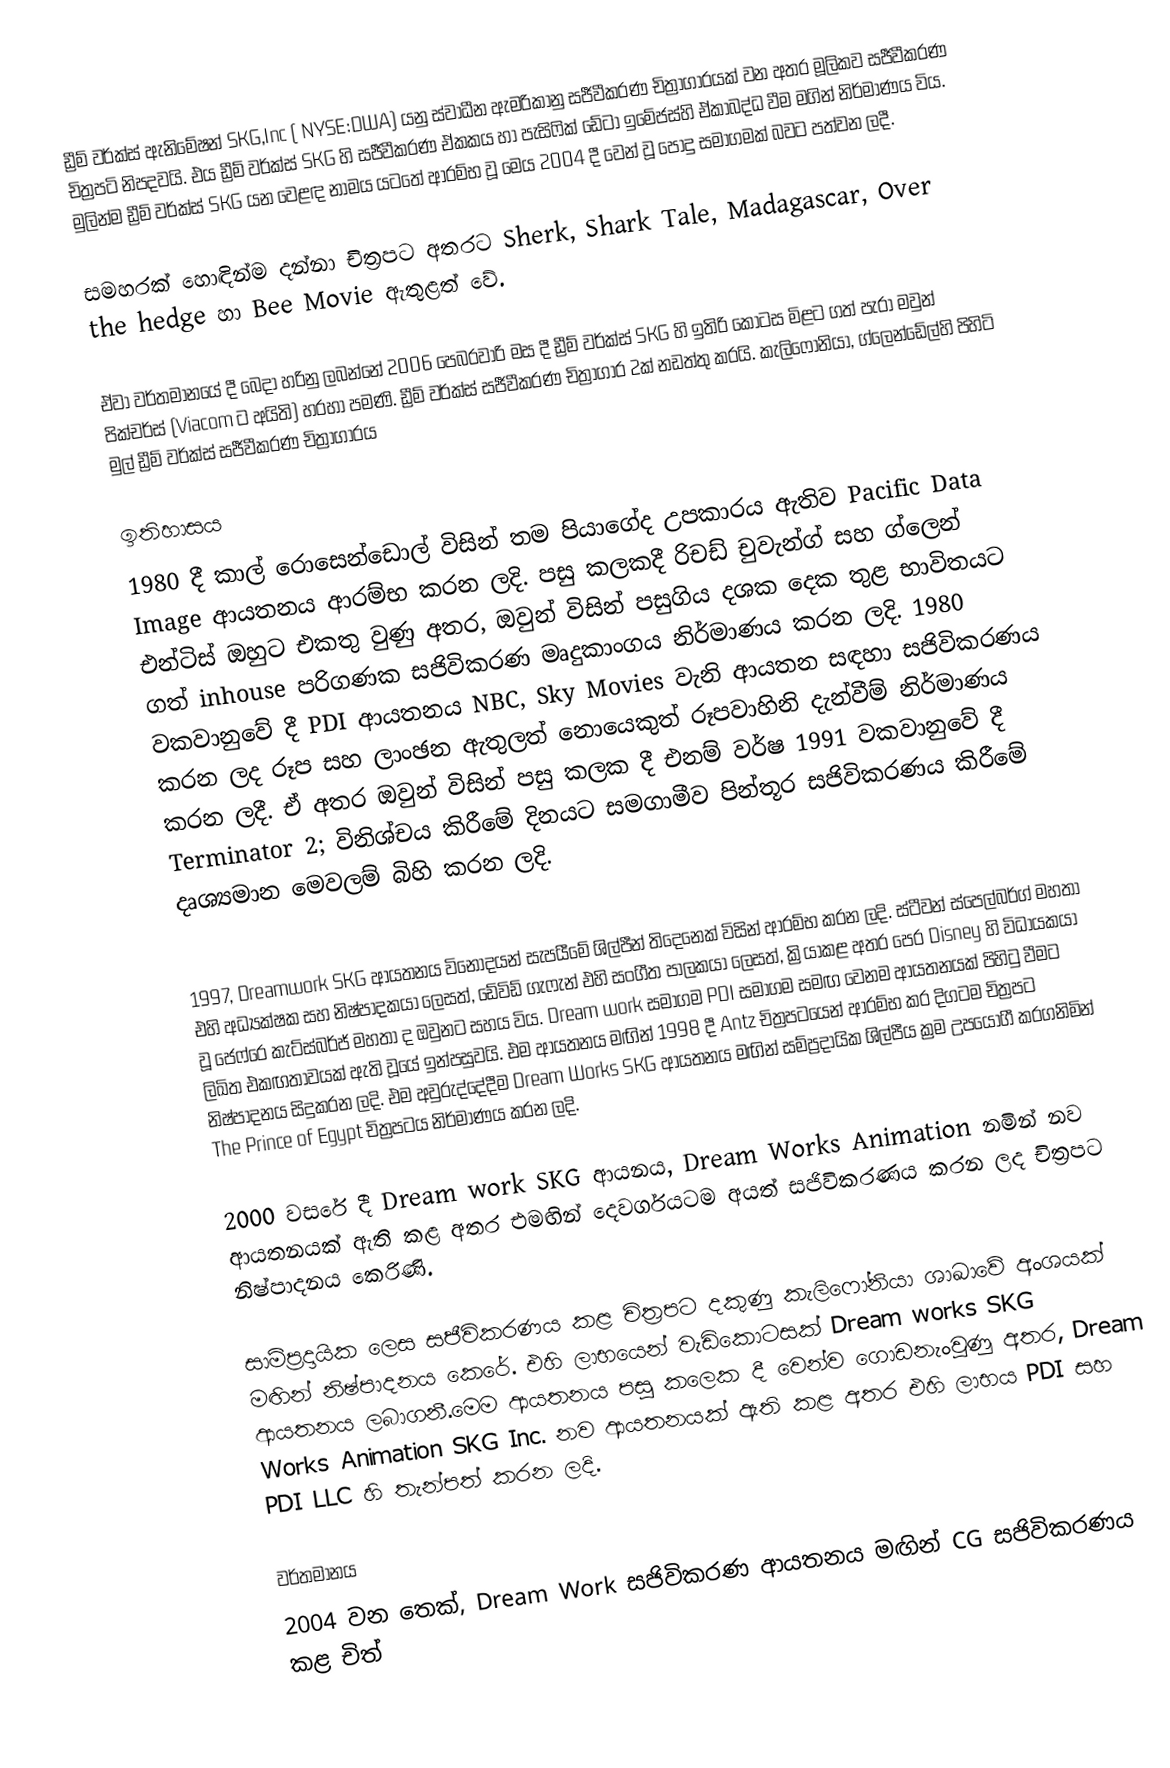
ඩ්‍රීම් වර්ක්ස් ඇනිමේෂන් SKG,Inc ( NYSE:DWA) යනු ස්වාධීන ඇමරිකානු සජීවීකරණ චිත්‍රාගාරයක් වන අතර මූලිකව සජීවීකරණ චිත්‍රපටි නිපදවයි. එය ඩ්‍රීම් වර්ක්ස් SKG හි සජීවීකරණ ඒකකය හා පැසිෆික් ඩේටා ඉමේජස්හි  ඒකාබද්ධ වීම මගින් නිර්මාණය විය. මුලින්ම ඩ්‍රීම් වර්ක්ස්  SKG යන වෙළඳ නාමය යටතේ ආරම්භ වූ මෙය 2004 දී වෙන් වූ පොදු සමාගමක් බවට පත්වන ලදී.

සමහරක් හොඳින්ම දන්නා චිත්‍රපට අතරට Sherk, Shark Tale, Madagascar, Over the hedge හා  Bee Movie ඇතුළත් වේ.

ඒවා වර්තමානයේ දී බෙදා හරිනු ලබන්නේ 2006 පෙබරවාරි මස දී ඩ්‍රීම් වර්ක්ස් SKG හි ඉතිරි කොටස මිළට ගත් පැරා මවුන් පික්චර්ස් (Viacom ට අයිති) හරහා පමණි. ඩ්‍රීම් වර්ක්ස් සජීවීකරණ චිත්‍රාගාර 2ක් නඩත්තු කරයි. කැලිෆෝනියා, ග්ලෙන්ඩේල්හි පිහිටි මුල් ඩ්‍රීම් වර්ක්ස් සජීවීකරණ චිත්‍රාගාරය

ඉතිහාසය
1980 දී කාල් රොසෙන්ඩොල් විසින් තම පියාගේද උපකාරය ඇතිව Pacific Data Image  ආයතනය ආරම්භ කරන ලදි. පසු කලකදී  රිචඩ් චුවැන්ග් සහ ග්ලෙන් එන්ටිස් ඔහු‍ට එකතු වුණු අතර, ඔවුන් විසින් පසුගිය දශක දෙක තුළ භාවිතයට ගත් inhouse පරිගණක සජිවිකරණ මෘදුකාංගය නිර්මාණය කරන ලදි. 1980 වකවානුවේ දී  PDI ආයතනය  NBC, Sky Movies වැනි ආයතන සඳහා සජිවිකරණය කරන ලද රූප සහ ලාංඡන ඇතුලත් නොයෙකුත් රූපවාහිනි දැන්වීම් නිර්මාණය  කරන ලදී. ඒ අතර ඔවුන් විසින් පසු කලක දී එනම් වර්ෂ 1991 වකවානුවේ දී Terminator 2; විනිශ්චය කිරීමේ දිනයට සමගාමීව  පින්තූර සජිවිකරණය කිරීමේ දෘශ්‍යමාන මෙවලම් බිහි කරන ලදි.

1997, Dreamwork SKG ආයතනය විනෝදයන් සැපයීමේ ශිල්පීන් තිදෙනෙක් විසින් ආරම්භ කරන ලදි. ස්ටීවන් ස්පෙල්බර්ග් මහතා එහි අධ්‍යක්ෂක සහ නිෂ්පාදකයා ලෙසත්,  ඩේවිඩ් ගැෆැන් එහි සංගීත  පාලකයා ලෙසත්, ක්‍රියාකළ අතර පෙර Disney  හි විධායකයා වූ ජෙෆ්රෙ කැට්ස්බර්ජ් මහතා ද ඔවුනට සහය විය. Dream work සමාගම  PDI  සමාගම සමඟ වෙනම ආයතනයක් පිහිටු වීමට ලිඛිත එකඟතාවයක් ඇති වූයේ ඉන්පසුවයි. එම ආයතනය මඟින්  1998 දී Antz චිත්‍රපට‍යෙන්  ආරම්භ කර දිගටම චිත්‍රපට නිෂ්පාදනය සිදුකරන ලදි. එම අවුරුද්දේදීම Dream Works SKG ආයතනය මඟින් සම්ප්‍රදායික ශිල්පීය ක්‍රම උපයෝගී කරගනිමින් The Prince of Egypt චිත්‍රපටය නිර්මාණය කරන ලදි.

2000 වසරේ දී Dream work SKG ආයනය,  Dream Works Animation නමින් නව ආයතනයක් ඇති කළ  අතර එමඟින් දෙවර්ගයටම අයත් සජිවිකරණය කරන ලද චිත්‍රපට නිෂ්පාදනය කෙරිණි.

සාම්ප්‍රදායික ලෙස සජීවිකරණය කළ චිත්‍රපට දකුණු කැලි‍ෆෝනියා ශාඛාවේ අංශයක් මඟින් නිෂ්පාදනය කෙරේ. එහි ලාභයෙන් වැඩි‍කොටසක්  Dream works SKG ආයතනය ලබාගනී.මෙම ආයතනය පසු කලෙක දී වෙන්ව ගොඩනැංවුණු අතර,  Dream Works Animation SKG Inc. නව ආයතනයක් ඇති කළ අතර එහි ලාභය PDI සහ  PDI  LLC හි තැන්පත් කරන ලදි.

වර්තමානය
2004 වන තෙක්,  Dream Work සජිවිකරණ ආයතනය මඟින් CG සජිවිකරණය කළ චිත්‍